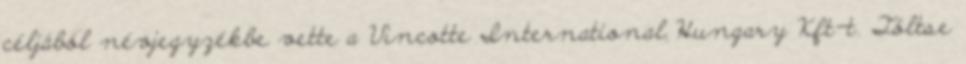
cél­já­ból név­jegy­zék­be vet­te a Vinc­ot­te In­ter­na­ti­o­nal Hun­gary Kft-t. Tölt­se